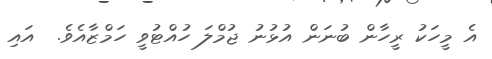
އެ މީހަކު ރީހާން ބުނަން އުޅުނު ޖުމްލަ ހުއްޓުވީ ހަމްޒާއެވެ.  އައި